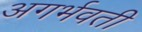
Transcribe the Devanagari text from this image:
अगर्भवती